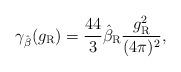
LaTeX: \begin{align*}\gamma_{\hat\beta}(g_{\rm R}) =\frac{44}3\hat\beta_{\rm R}\frac{g_{\rm R}^2}{(4\pi)^2},\end{align*}